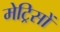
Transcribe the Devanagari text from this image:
मेट्रिसों